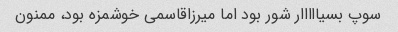
سوپ بسیااااار شور بود اما میرزاقاسمی خوشمزه بود، ممنون